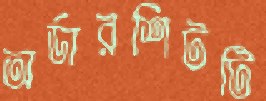
অর্ডারশিটটি